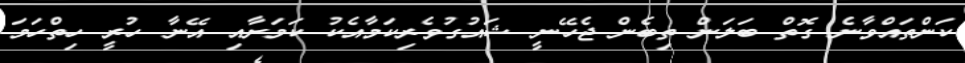
ކަންތައްވާނެ ގޮތް ބަލަން ތިބެން ޖެހޭނީ ޝައުގުވެރިކަމާއެކު ކަމަށާއި އޭނާ ހުރީ ހިތްހަމަ